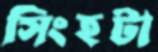
সিংহটা